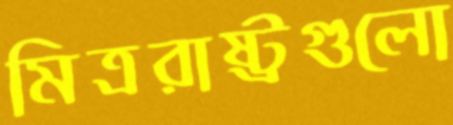
মিত্ররাষ্ট্রগুলো